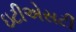
ઇટીએસટી